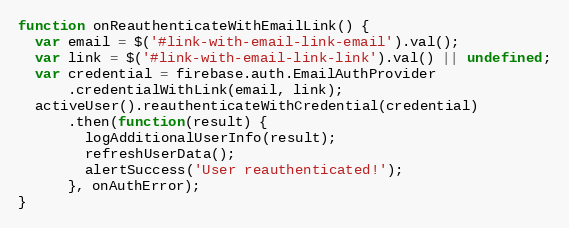
Language: JavaScript
function onReauthenticateWithEmailLink() {
  var email = $('#link-with-email-link-email').val();
  var link = $('#link-with-email-link-link').val() || undefined;
  var credential = firebase.auth.EmailAuthProvider
      .credentialWithLink(email, link);
  activeUser().reauthenticateWithCredential(credential)
      .then(function(result) {
        logAdditionalUserInfo(result);
        refreshUserData();
        alertSuccess('User reauthenticated!');
      }, onAuthError);
}